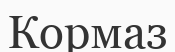
Кормаз